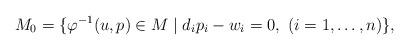
LaTeX: \begin{align*}M_0=\{ \varphi^{-1}(u,p)\in M\mid d_i p_i - w_i=0,\ (i=1,\dots,n)\},\end{align*}